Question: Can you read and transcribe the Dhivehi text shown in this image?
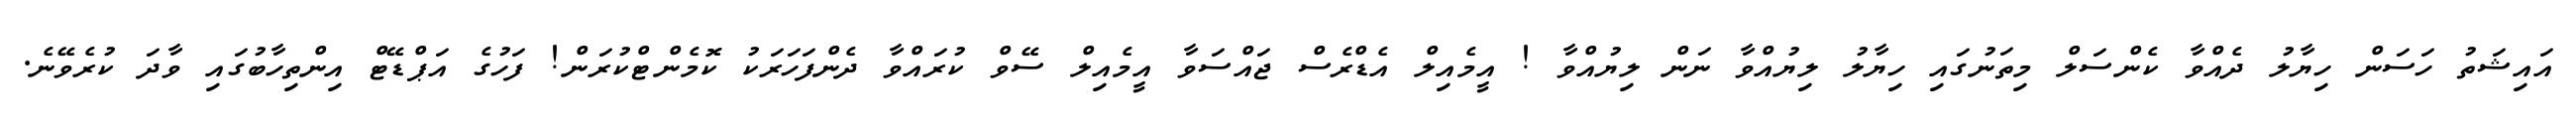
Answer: އައިޝަތު ހަސަން ހިޔާލު ދެއްވާ ކެންސަލް މިތަނުގައި ހިޔާލު ލިޔުއްވާ ނަން ލިޔުއްވާ ! އީމެއިލް އެޑްރެސް ޖައްސަވާ އީމެއިލް ސޭވް ކުރައްވާ ދެންފަހަރަކު ކޮމެންޓްކުރަން! ފަހުގެ އަޕްޑޭޓް އިންތިހާބުގައި ވާދަ ކުރެވޭނެ.